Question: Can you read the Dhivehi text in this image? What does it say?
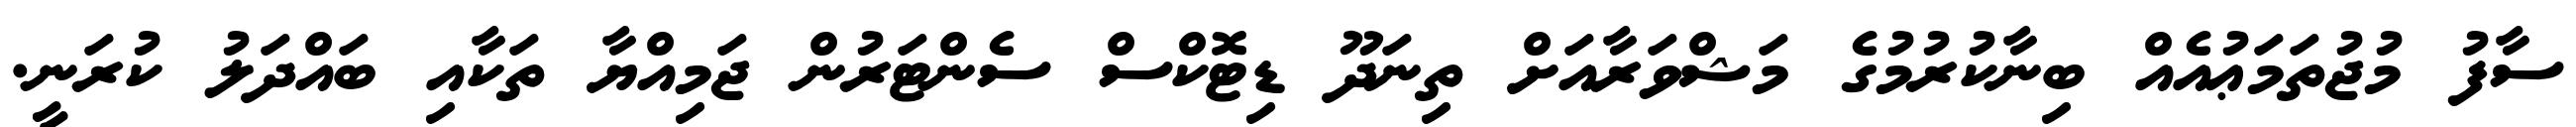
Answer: ސާފު މުޖުތަމަޢުއެއް ބިނާކުރުމުގެ މަޝްވަރާއަށް ތިނަދޫ ޑިޓޮކްސް ސެންޓަރުން ޖަމިއްޔާ ތަކާއި ބައްދަލު ކުރަނީ.